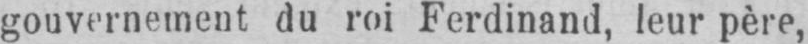
gouvernement du roi Ferdinand, leur père,